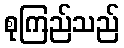
စုကြည်သည်